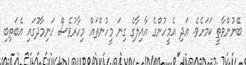
ބޭނުންވާތީ ކަމަށެވެ. އަދި އެމީހުންގެ އާއިލާގެ ގިނަ މީހުންތައް މިހާރުވެސް ހަނިމާދޫގައި އެބަތިބި